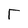
Character: T